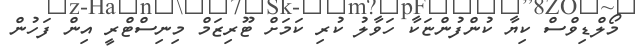
މޯލްޑިވްސް ކިޔާ ކުންފުންޏަކާ ހަވާލު ކުރި ކަމަށް ޓޫރިޒަމް މިނިސްޓްރީ އިން ފަހުން